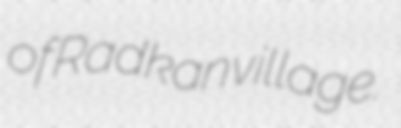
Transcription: of Radkan village.